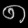
Digit: ၈